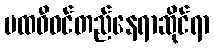
ပထဝီဝင်တည်နေရာဆိုင်ရာ